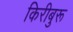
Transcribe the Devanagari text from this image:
किरीबुरू